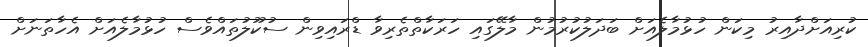
ކުރިއަށްދާއިރު މިކަން ހުޅުމާލެއަށް ބަދަލުކުރުމުން މާލޭގައި ހަރަކާތްތެރިވާ ޑްރައިވިން ސުކޫލުތައްވެސް ހުޅުމާލެއަށް އެހާތަނަށް